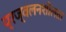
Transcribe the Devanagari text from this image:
प्रज्वलनशीलता